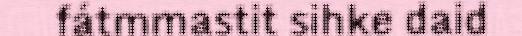
fátmmastit sihke daid